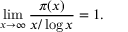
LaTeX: \operatorname* { l i m } _ { x \to \infty } { \frac { \pi ( x ) } { x / \log x } } = 1 .